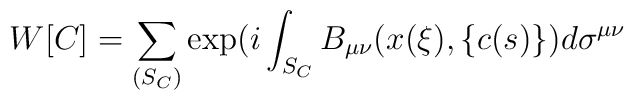
W[C]=\sum_{(S_{C})}\exp (i\int_{S_{C}}B_{\mu \nu }(x(\xi ),\{c(s)\})d\sigma^{\mu \nu }